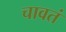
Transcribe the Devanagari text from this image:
चावतं